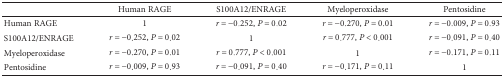
<table><thead><tr><td></td><td><b>Human RAGE</b></td><td><b>S100A12/ENRAGE</b></td><td><b>Myeloperoxidase</b></td><td><b>Pentosidine</b></td></tr></thead><tbody><tr><td>Human RAGE</td><td>1</td><td><i>r</i> = −0.252, <i>P</i> = 0.02</td><td><i>r</i> = −0.270, <i>P</i> = 0.01</td><td><i>r</i> = −0.009, <i>P</i> = 0.93</td></tr><tr><td>S100A12/ENRAGE</td><td><i>r</i> = −0.252, <i>P</i> = 0.02</td><td>1</td><td><i>r</i> = 0.777, <i>P</i> &lt; 0.001</td><td><i>r</i> = −0.091, <i>P</i> = 0.40</td></tr><tr><td>Myeloperoxidase</td><td><i>r</i> = −0.270, <i>P</i> = 0.01</td><td><i>r</i> = 0.777, <i>P</i> &lt; 0.001</td><td>1</td><td><i>r</i> = −0.171, <i>P</i> = 0.11</td></tr><tr><td>Pentosidine</td><td><i>r</i> = −0.009, <i>P</i> = 0.93</td><td><i>r</i> = −0.091, <i>P</i> = 0.40</td><td><i>r</i> = −0.171, <i>P</i> = 0.11</td><td>1</td></tr></tbody></table>